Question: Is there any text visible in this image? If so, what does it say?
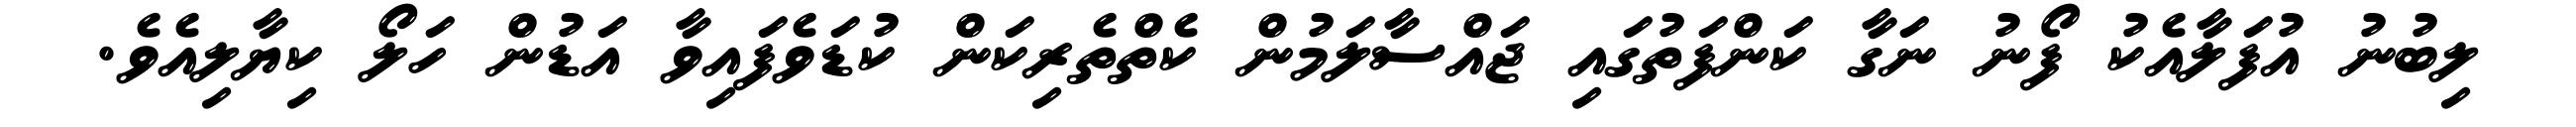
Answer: ލިބުނު އުފަލާއެކު ފޯނު ނަގާ ކަންފަތުގައި ޖައްސާލަމުން ކެތްތެރިކަން ކުޑަވެފައިވާ އަޑުން ހަލޯ ކިޔާލިއެވެ.